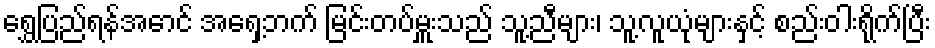
ရွှေပြည်ရန်အောင် အရှေ့ဘက် မြင်းတပ်မှူးသည် သူ့ညီများ၊ သူ့လူယုံများနှင့် စည်းဝါးရိုက်ပြီး